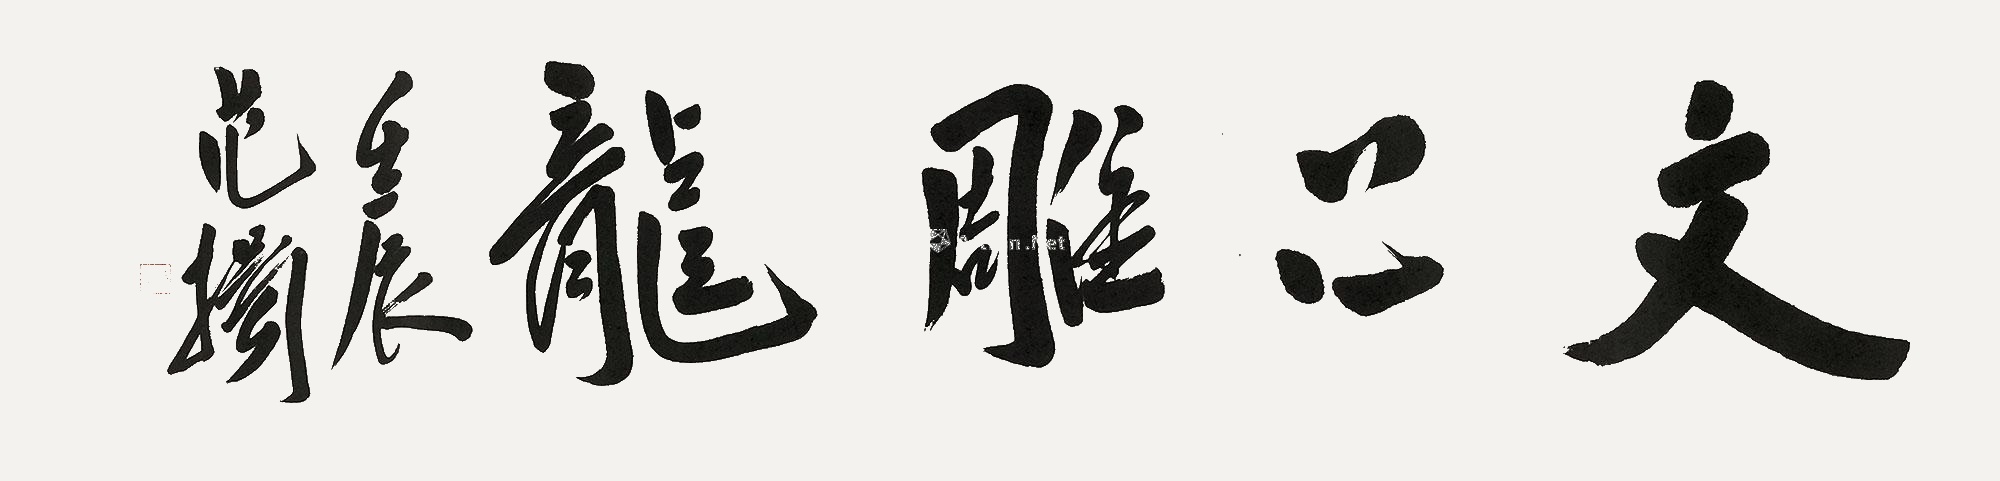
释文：文心雕龙。壬辰范扬。